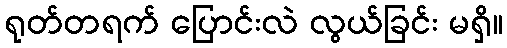
ရုတ်တရက် ပြောင်းလဲ လွယ်ခြင်း မရှိ။